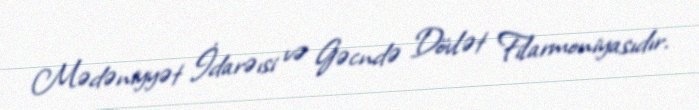
Mədəniyyət İdarəısi və Gəcndə Dövlət Filarmoniyasıdır.